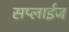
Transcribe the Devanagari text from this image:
सप्लाईज